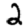
Digit: 2